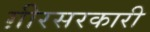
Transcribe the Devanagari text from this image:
ग़ीरसरकारी